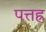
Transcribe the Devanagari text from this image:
पत्तह्र